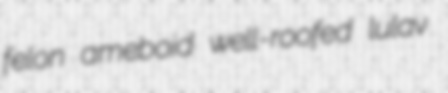
felon ameboid well-roofed lulav